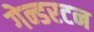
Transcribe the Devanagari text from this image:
गेन्डरटन